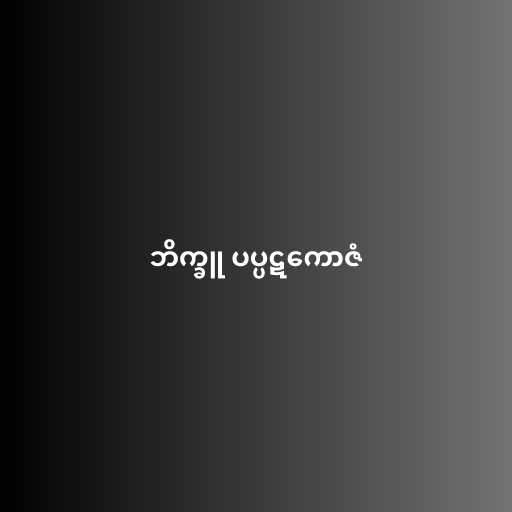
ဘိက္ခူ ပပ္ပဋကောဇံ